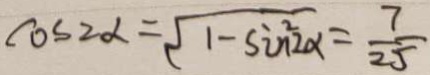
\cos 2 \alpha = \sqrt { 1 - \sin ^ { 2 } 2 x } = \frac { 7 } { 2 5 }